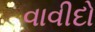
વાવીદો